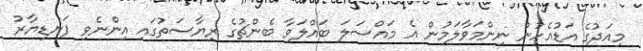
މިއަދުގެ އަޑުއެހުން ނިންމަވާލަމުން އެ މައްސަލަ ބައްލަވާ ބެންޗުގެ ރިޔާސަތުގައި އިންނެވި ފަނޑިޔާރު